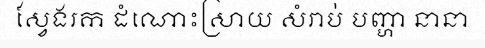
ស្វែងរក ដំណោះស្រាយ សំរាប់ បញ្ហា នានា